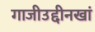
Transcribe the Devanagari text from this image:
गाजीउद्दीनखां